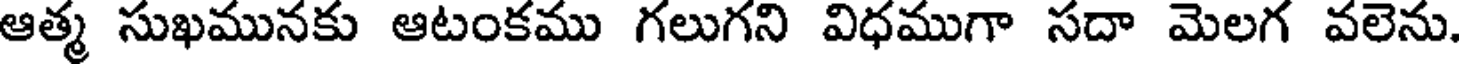
ఆత్మ సుఖమునకు ఆటంకము గలుగని విధముగా సదా మెలగ వలెను.